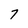
Character: 7